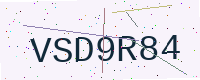
Text: VSD9R84